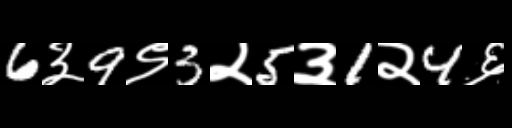
Text: 6३9९3२5३1२4६